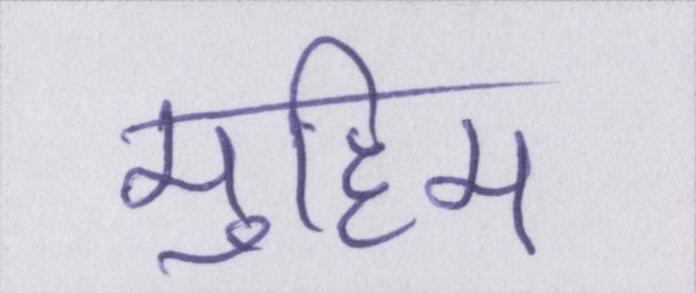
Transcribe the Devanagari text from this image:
मुहिम